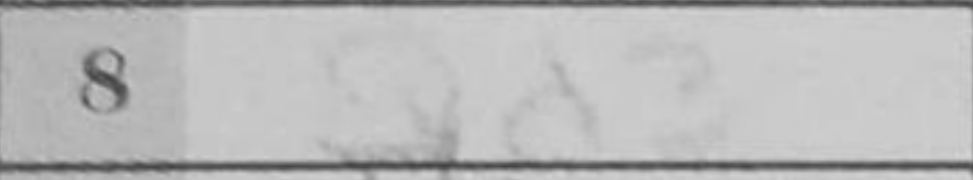
Transcription: Qd3